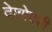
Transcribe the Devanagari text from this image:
देशोदशी